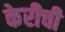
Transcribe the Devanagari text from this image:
केरीची